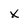
Character: X